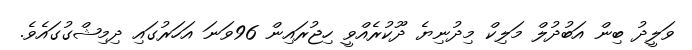
ވަލީދު ބިން އަބުދުލް މަލިކް މިދުނިޔެ ދޫކުރެއްވީ ހިޖުރައިން 96ވަނަ އަހަރުގައި ދިމިޝްގުގައެވެ.